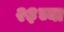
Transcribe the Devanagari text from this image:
२३च्या